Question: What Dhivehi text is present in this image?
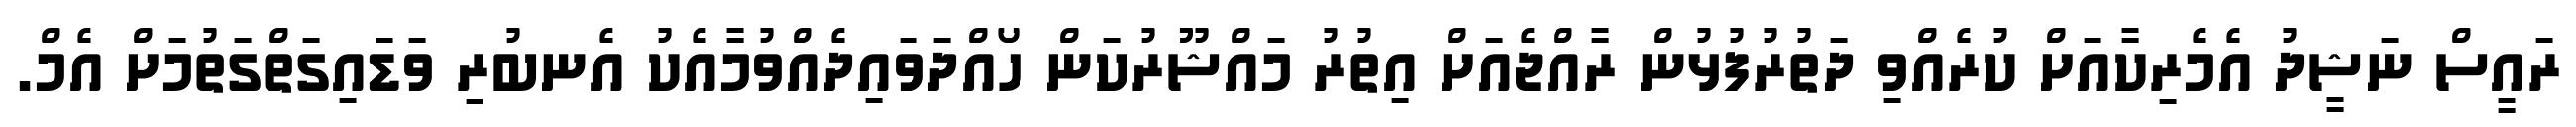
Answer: ރައީސް ނަޝީދު އެމެރިކާއަށް ކުރެއްވި ދަތުރުފުޅުން ރާއްޖެއަށް އިތުރު މައްޝޫރުކަން ހޯއްދަވައިދެއްވުމާއެކު އެނބުރި ވަޑައިގަތްގަތުމަށް އެމް.